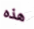
هذه